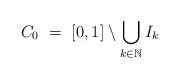
LaTeX: \begin{align*} C_0 \ = \ [0,1] \setminus \bigcup_{k \in \mathbb{N}} I_k \end{align*}